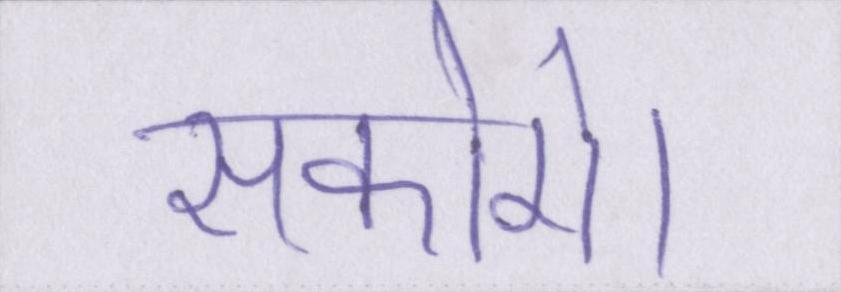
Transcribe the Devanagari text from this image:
सकोगे।